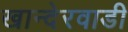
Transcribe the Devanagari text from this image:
खान्देरवाडी